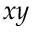
x y